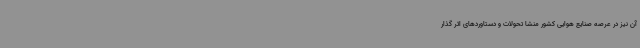
آن نیز در عرصه صنایع هوایی کشور منشا تحولات و دستاوردهای اثر گذار